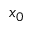
x _ { 0 }